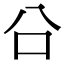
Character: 㕣